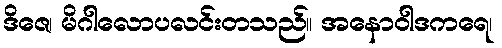
ဒိဇေ၊ မိဂါလောပလင်းတသည်။ အနောဝါဒကရေ၊